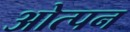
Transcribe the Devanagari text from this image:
ओत्पन